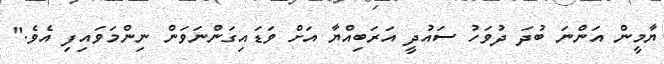
ޔާމީން އަންނަ ބުދަ ދުވަހު ސައުދީ އަރަބިއްޔާ އަށް ވަޑައިގަންނަވަން ނިންމަވައިފި އެވެ."